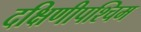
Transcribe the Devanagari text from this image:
दक्षिणीपश्चिम